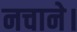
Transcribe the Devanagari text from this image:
नचाने।